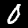
Label: 0